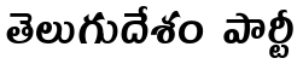
తెలుగుదేశం పార్టీ